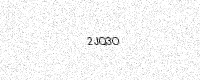
Text: 2JQ3O